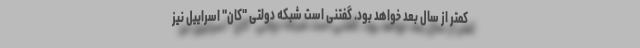
کمتر از سال بعد خواهد بود. گفتنی است شبکه دولتی "کان" اسراییل نیز